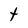
Character: t